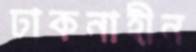
ঢাকনাহীন